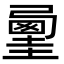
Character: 𡐲